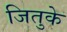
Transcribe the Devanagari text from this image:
जितुके